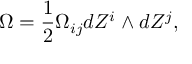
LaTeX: \Omega = \frac { 1 } { 2 } \Omega _ { i j } d Z ^ { i } \wedge d Z ^ { j } ,